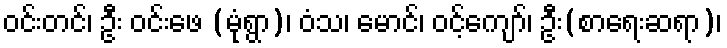
ဝင်းတင်၊ ဦး ဝင်းဖေ (မုံရွာ)၊ ဝံသ၊ မောင်၊ ဝင့်ကျော်၊ ဦး(စာရေးဆရာ)၊